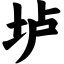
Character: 垆